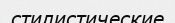
стилистические